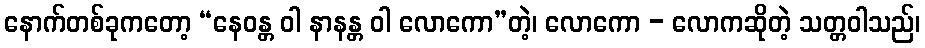
နောက်တစ်ခုကတော့ “နေဝန္တ ဝါ နာနန္တ ဝါ လောကော”တဲ့၊ လောကော - လောကဆိုတဲ့ သတ္တဝါသည်၊